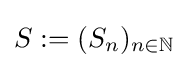
S:=(S_{n})_{n\in \mathbb {N} }